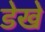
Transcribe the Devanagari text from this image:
डेखे